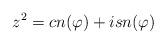
LaTeX: \begin{align*}z^2 = cn(\varphi) + i sn(\varphi)\end{align*}